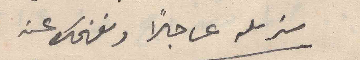
سنرسله عاجلا ونفهمك عنه